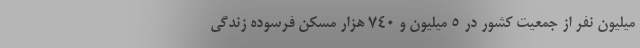
میلیون نفر از جمعیت کشور در ۵ میلیون و ۷۴۰ هزار مسکن فرسوده زندگی